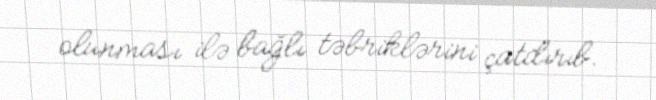
olunması ilə bağlı təbriklərini çatdırıb.